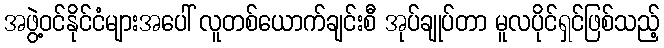
အဖွဲ့ဝင်နိုင်ငံများအပေါ် လူတစ်ယောက်ချင်းစီ အုပ်ချုပ်တာ မူလပိုင်ရှင်ဖြစ်သည့်